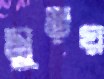
মুড়য়